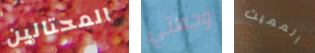
المحتالين وجهتي المميت